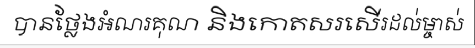
បានថ្លែងអំណរគុណ និងកោតសរសើរដល់ម្ចាស់